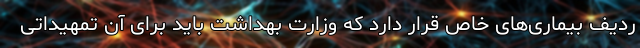
ردیف بیماری‌های خاص قرار دارد که وزارت بهداشت باید برای آن تمهیداتی